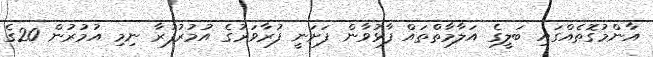
އާންމުގޮތެއްގައި ބަލީގެ އަލާމާތްތައް ފާޅުވާން ފަށަނީ ފުރާވަރުގެ އުމުރުފުރާ ނިމި އުމުރުން 20ގެ